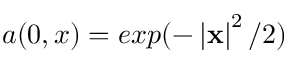
a ( 0 , x ) = e x p ( - \left| \mathbf { x } \right| ^ { 2 } / 2 )